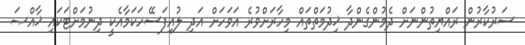
ސަރުކާރުން ރައްޔިތުންނަށް ދެމުންގެންދާ ޚިދުމަތްތައް މިހާރަށްވުރެ އަވަހަށް އަދި ލުއިފަސޭހަކަމާއެކީ ދިނުމަށްޓަކައި ޚާއްޞަ